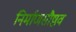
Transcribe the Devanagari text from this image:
निर्माणसौष्ठव